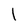
Character: I